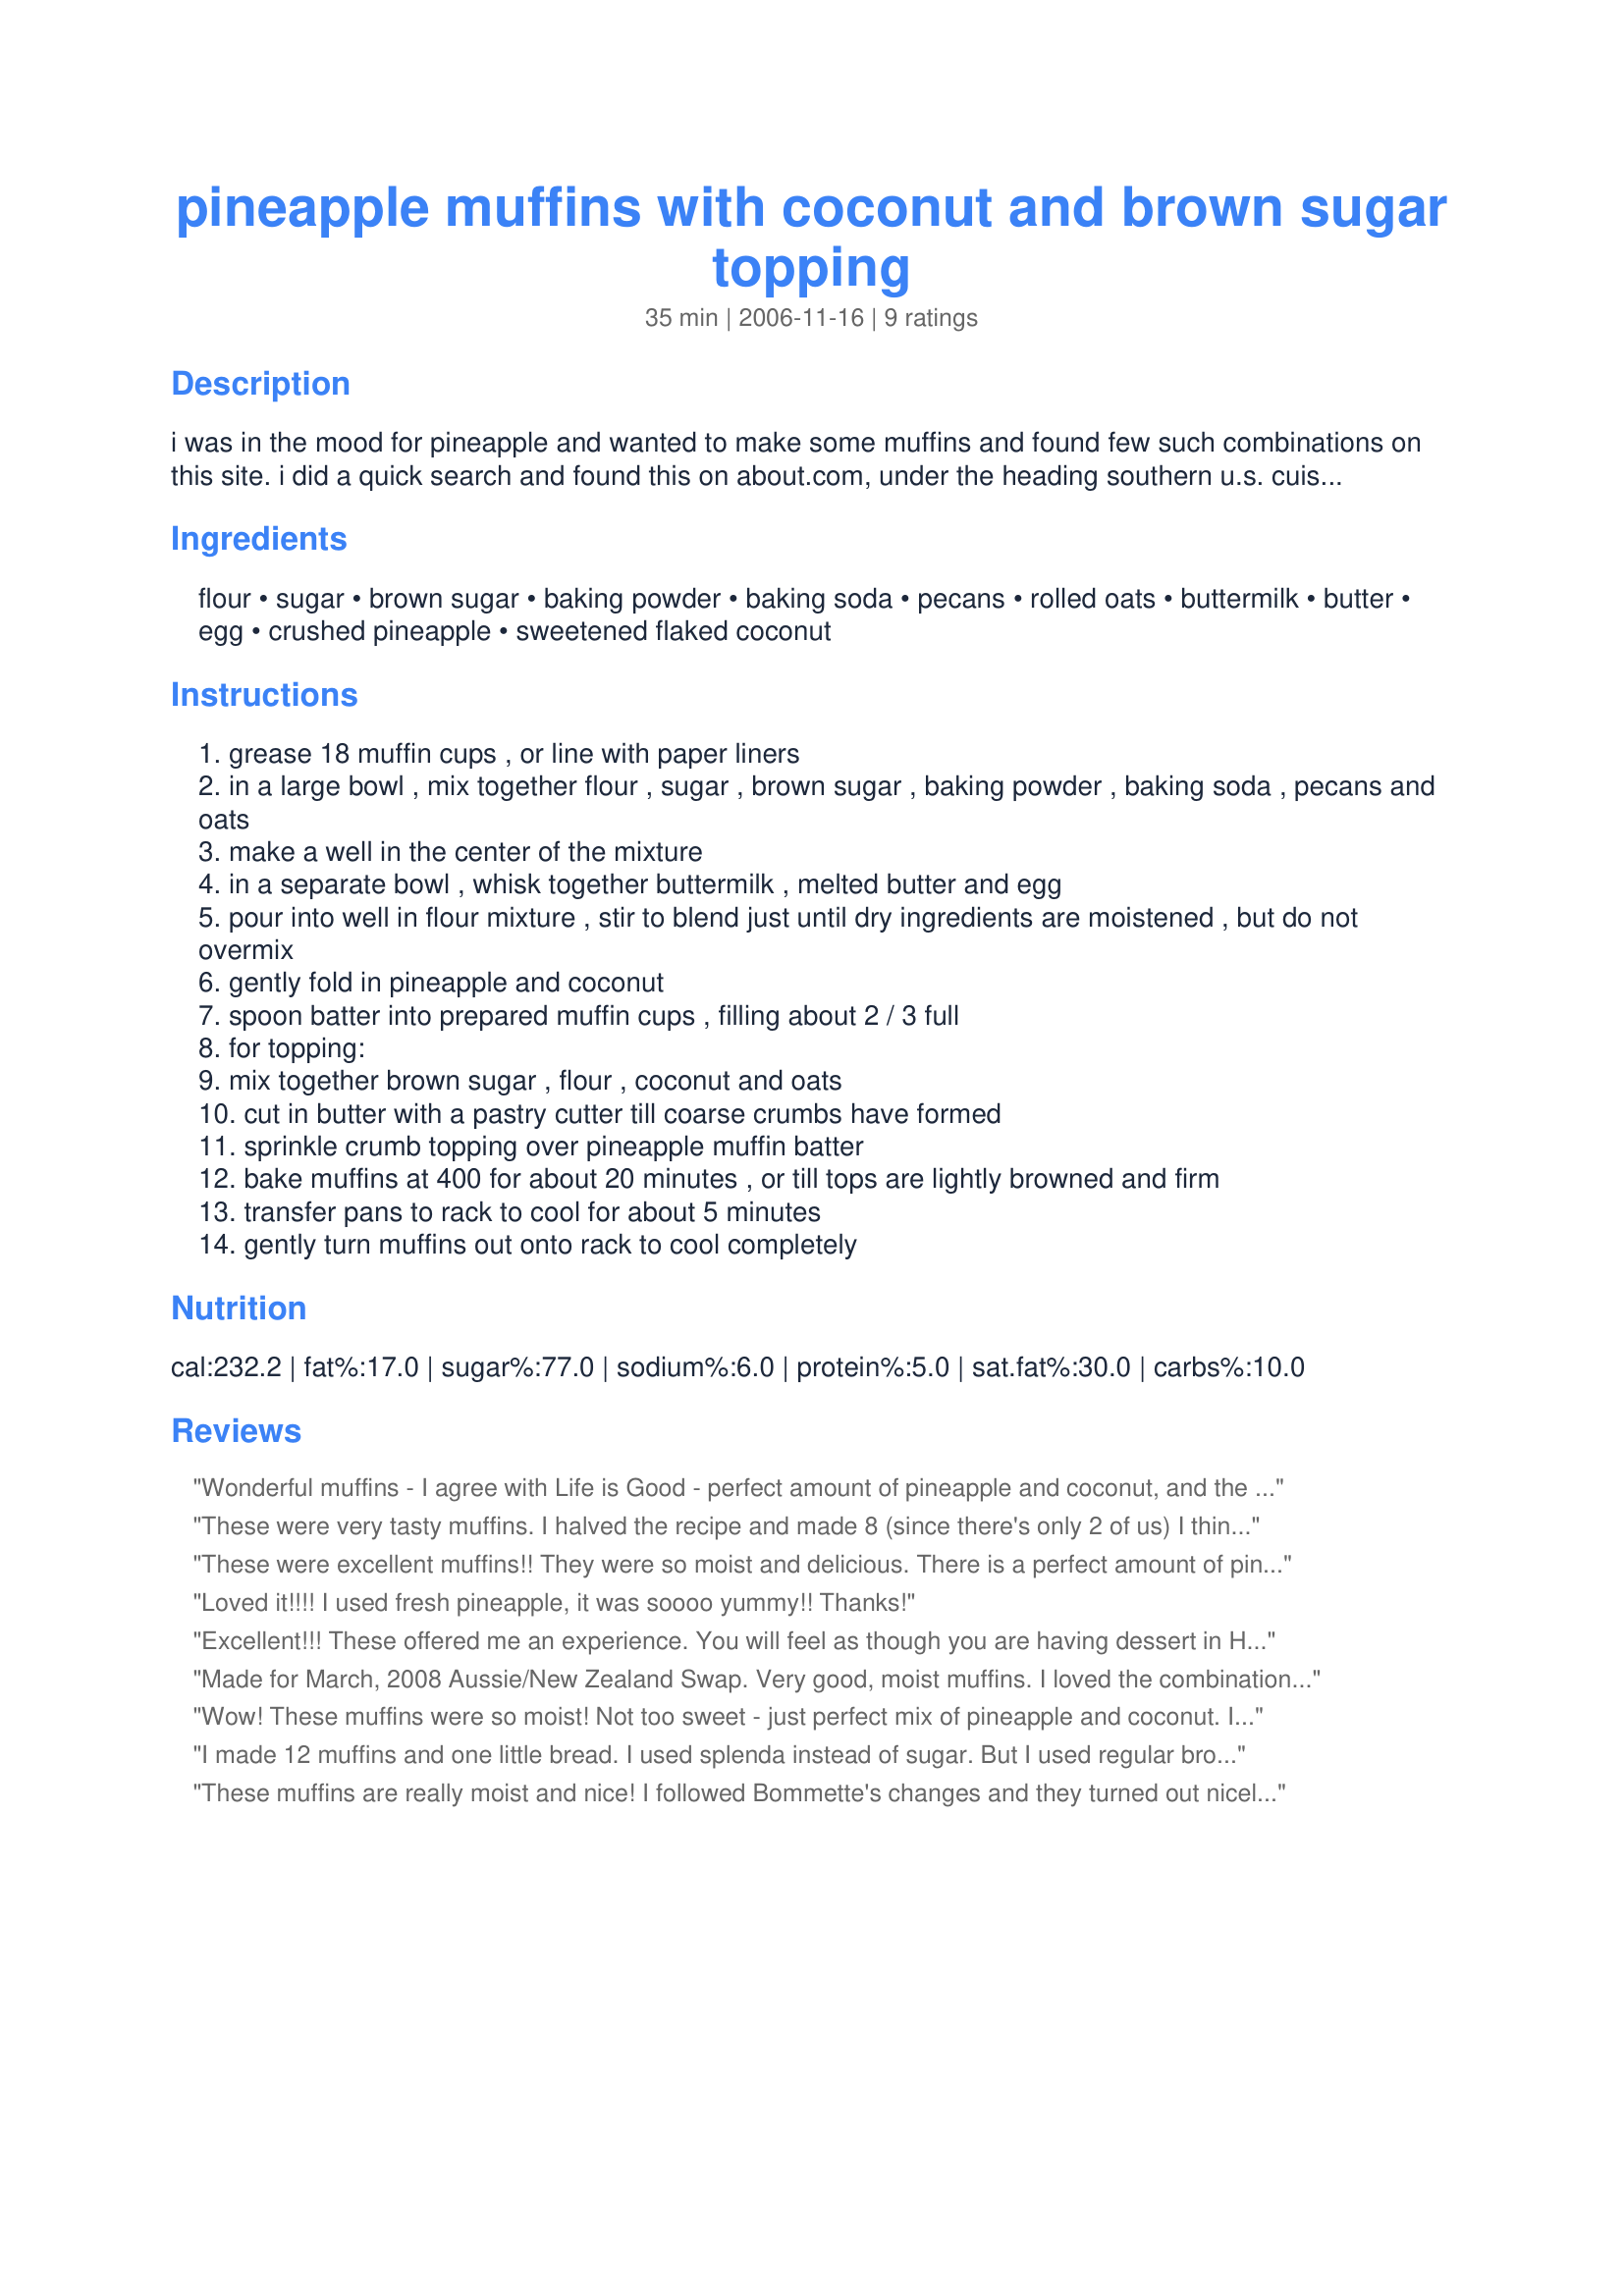
pineapple muffins with coconut and brown sugar topping
Preparation time: 35 minutes

i was in the mood for pineapple and wanted to make some muffins and found few such combinations on this site. i did a quick search and found this on about.com, under the heading southern u.s. cuisine, from diana rattray. i really liked these, they are flavorful and not overly sweet. i thought they might need a little something and i added some allspice, cinnamon and nutmeg to the topping.

Ingredients:
flour, sugar, brown sugar, baking powder, baking soda, pecans, rolled oats, buttermilk, butter, egg, crushed pineapple, sweetened flaked coconut

Steps:
grease 18 muffin cups , or line with paper liners
in a large bowl , mix together flour , sugar , brown sugar , baking powder , baking soda , pecans and oats
make a well in the center of the mixture
in a separate bowl , whisk together buttermilk , melted butter and egg
pour into well in flour mixture , stir to blend just until dry ingredients are moistened , but do not overmix
gently fold in pineapple and coconut
spoon batter into prepared muffin cups , filling about 2 / 3 full
for topping:
mix together brown sugar , flour , coconut and oats
cut in butter with a pastry cutter till coarse crumbs have formed
sprinkle crumb topping over pineapple muffin batter
bake muffins at 400 for about 20 minutes , or till tops are lightly browned and firm
transfer pans to rack to cool for about 5 minutes
gently turn muffins out onto rack to cool completely

Reviews:
Wonderful muffins - I agree with Life is Good - perfect amount of pineapple and coconut, and the topping was so good! I added cinnamon as suggested. My kids each ate 3 and would have had another if I had let them! A definite "keeper"! Made for Aussie/NZ Swap #16.
These were very tasty muffins. I halved the recipe and made 8 (since there's only 2 of us) I think I should have kept the baking powder/soda at their full amounts though as these kinda flattened out on me. They were also a little wet toward the top ( i wanna say from the butter in the topping? I eyeballed it, maybe used to much. Though I don't think these even NEED a topping!) Might try baking them a few minutes longer next time as well. Thanks for sharing the recipe!
These were excellent muffins!! They were so moist and delicious. There is a perfect amount of pineapple and coconut. Great combination! I loved the topping, too. I'd suggest checking them about 15 minutes into the cooking time to make sure the coconut doesn't burn. I think next time, I'll make 12 larger muffins instead of 18. When I made 18, there wasn't quite enough rise to make them tall and rounded. Other than that, I thought the recipe was perfect. So yummy!!!! Thank you! :-)
Loved it!!!! I used fresh pineapple, it was soooo yummy!! Thanks!
Excellent!!! These offered me an experience. You will feel as though you are having dessert in Hawaii. You'll be tempted to eat more than just one as they are sooooo good!!!! Thanks!
Made for March, 2008 Aussie/New Zealand Swap. Very good, moist muffins. I loved the combination of the pineapple, coconut and pecan. I used sweet cream buttermilk powder mixed in water in place of the buttermilk but kept everything else the same. I will be making these often. Thanks for a keeper, pattikay.
Wow! These muffins were so moist! Not too sweet - just perfect mix of pineapple and coconut. I used pineapple bits as I didn't have any crushed pineapple on hand - I added a little piece of pineapple on top... My parents left with the muffins... and with the recipe! Thanks pattikay!!
I made 12 muffins and one little bread. I used splenda instead of sugar. But I used regular brown sugar. Instead of butter for the muffins, I used applesauce. I used tidbits of pineapple. Delicious. Thanks :)
These muffins are really moist and nice! I followed Bommette's changes and they turned out nicely. I really enjoyed the coconut flavor - everything complimented each other nicely. I did add a bit of cinnamon and nutmeg to the topping as mentioned in the description. Very nice - will make again! **Made for Beverage Tag 2008**
